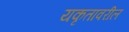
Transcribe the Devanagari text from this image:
यकृतावरील